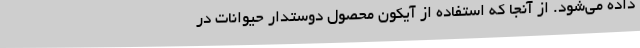
داده می‌شود. از آنجا که استفاده از آیکون محصول دوستدار حیوانات در